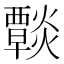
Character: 𤑶